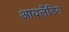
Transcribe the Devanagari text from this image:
आयलँडिग